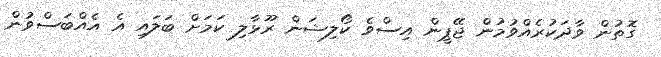
ގޮތުން ވާދަކުރެއްވުމުން ޖޭޕީން އިސްވެ ކޯލިޝަން ރޫޅާލި ކަމަށް ބަލައި އެ އެއްބަސްވުން